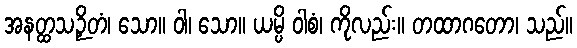
အနတ္ထသဉှိတံ၊ သော။ ဝါ၊ သော။ ယမ္ပိ ဝါစံ၊ ကိုလည်း။ တထာဂတော၊ သည်။